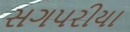
સગપરીયા